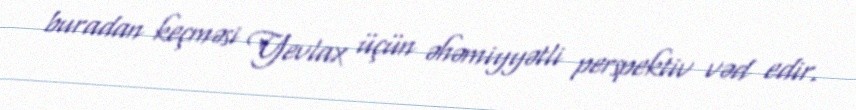
buradan keçməsi Yevlax üçün əhəmiyyətli perspektiv vəd edir.